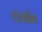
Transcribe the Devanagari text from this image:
टारबॉल